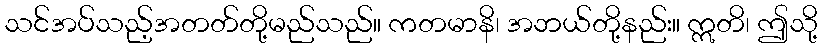
သင်အပ်သည့်အတတ်တို့မည်သည်။ ကတမာနိ၊ အဘယ်တို့နည်း။ ဣတိ၊ ဤသို့